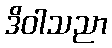
ဒိဝါသညာ